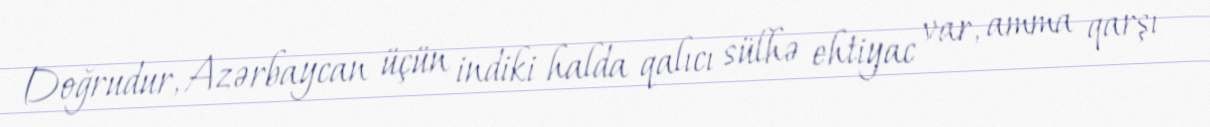
Doğrudur, Azərbaycan üçün indiki halda qalıcı sülhə ehtiyac var, amma qarşı